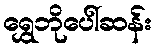
ရွှေဘိုပေါ်ဆန်း